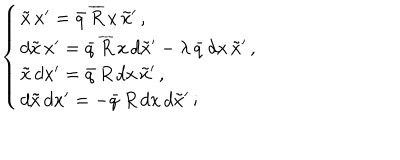
\left\{ \begin{array} { l } { { \tilde { x } \, x ^ { \prime } = \bar { q } \, \overline { { { R } } } \, x \, \tilde { x } ^ { \prime } \, , } } \\ { { d \tilde { x } \, x ^ { \prime } = \bar { q } \, \overline { { { R } } } \, x \, d \tilde { x } ^ { \prime } - \lambda \, \bar { q } \, d x \, \tilde { x } ^ { \prime } \, , } } \\ { { \tilde { x } \, d x ^ { \prime } = \bar { q } \, R \, d x \, \tilde { x } ^ { \prime } \, , } } \\ { { d \tilde { x } \, d x ^ { \prime } = - \bar { q } \, R \, d x \, d \tilde { x } ^ { \prime } \, ; } } \\ \end{array} \right.